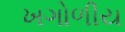
ખગોળીય